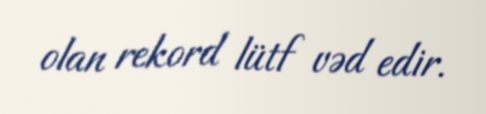
olan rekord lütf vəd edir.